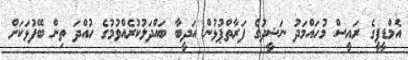
އެމްޑީޕީގެ ރައީސް މުހައްމަދު ނަޝީދުގެ ފަރާތްޕުޅުން އަދީބާ ބައްދަލުކުރެއްވުމުގެ ހުއްދަ ތިން ބޭފުޅަކަށް